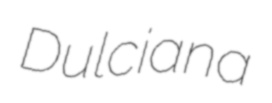
Dulciana